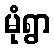
မုံရွာ